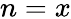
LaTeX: n=x